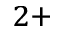
^ { 2 + }